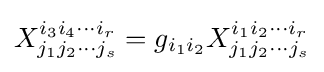
X_{j_{1}j_{2}\cdots j_{s}}^{i_{3}i_{4}\cdots i_{r}}=g_{i_{1}i_{2}}X_{j_{1}j_{2}\cdots j_{s}}^{i_{1}i_{2}\cdots i_{r}}